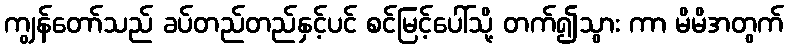
ကျွန်တော်သည် ခပ်တည်တည်နှင့်ပင် စင်မြင့်ပေါ်သို့ တက်၍သွား ကာ မိမိအတွက်